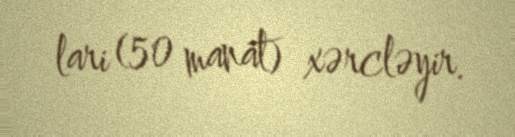
lari (50 manat) xərcləyir.